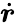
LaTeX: \dot{\boldsymbol{r}}